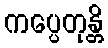
ကပ္ပေတုန္တိ